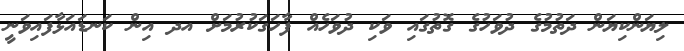
ލިޔަންކިޔަން ދަތުމުގެ ދުވަހުގެ ގޮތުގައި ވަކި ދުވަހެއް ފާހަގަކުރުމަށް އދ އިން ކަނޑައަޅާފައިވަނީ